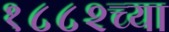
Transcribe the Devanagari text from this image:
१८८२च्या